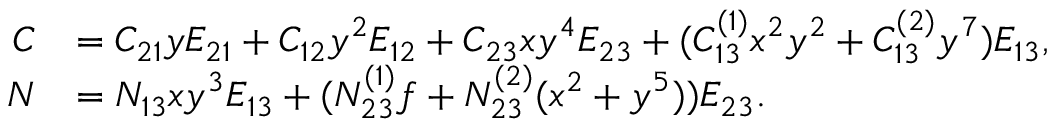
\begin{array} { r l } { C } & { = C _ { 2 1 } y E _ { 2 1 } + C _ { 1 2 } y ^ { 2 } E _ { 1 2 } + C _ { 2 3 } x y ^ { 4 } E _ { 2 3 } + ( C _ { 1 3 } ^ { ( 1 ) } x ^ { 2 } y ^ { 2 } + C _ { 1 3 } ^ { ( 2 ) } y ^ { 7 } ) E _ { 1 3 } , } \\ { N } & { = N _ { 1 3 } x y ^ { 3 } E _ { 1 3 } + ( N _ { 2 3 } ^ { ( 1 ) } f + N _ { 2 3 } ^ { ( 2 ) } ( x ^ { 2 } + y ^ { 5 } ) ) E _ { 2 3 } . } \end{array}